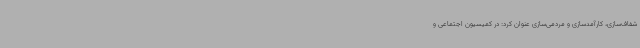
شفاف‌سازی، کارآمدسازی و مردمی‌سازی عنوان کرد: در کمیسیون اجتماعی و